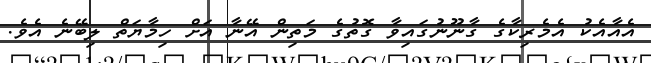
އެއާއެކު އެމެރިކާގެ ގާނޫނުގައިވާ ގޮތުގެ މަތިން އޭނާ އަށް ހިމާޔަތް ލިބޭނެ އެވެ.